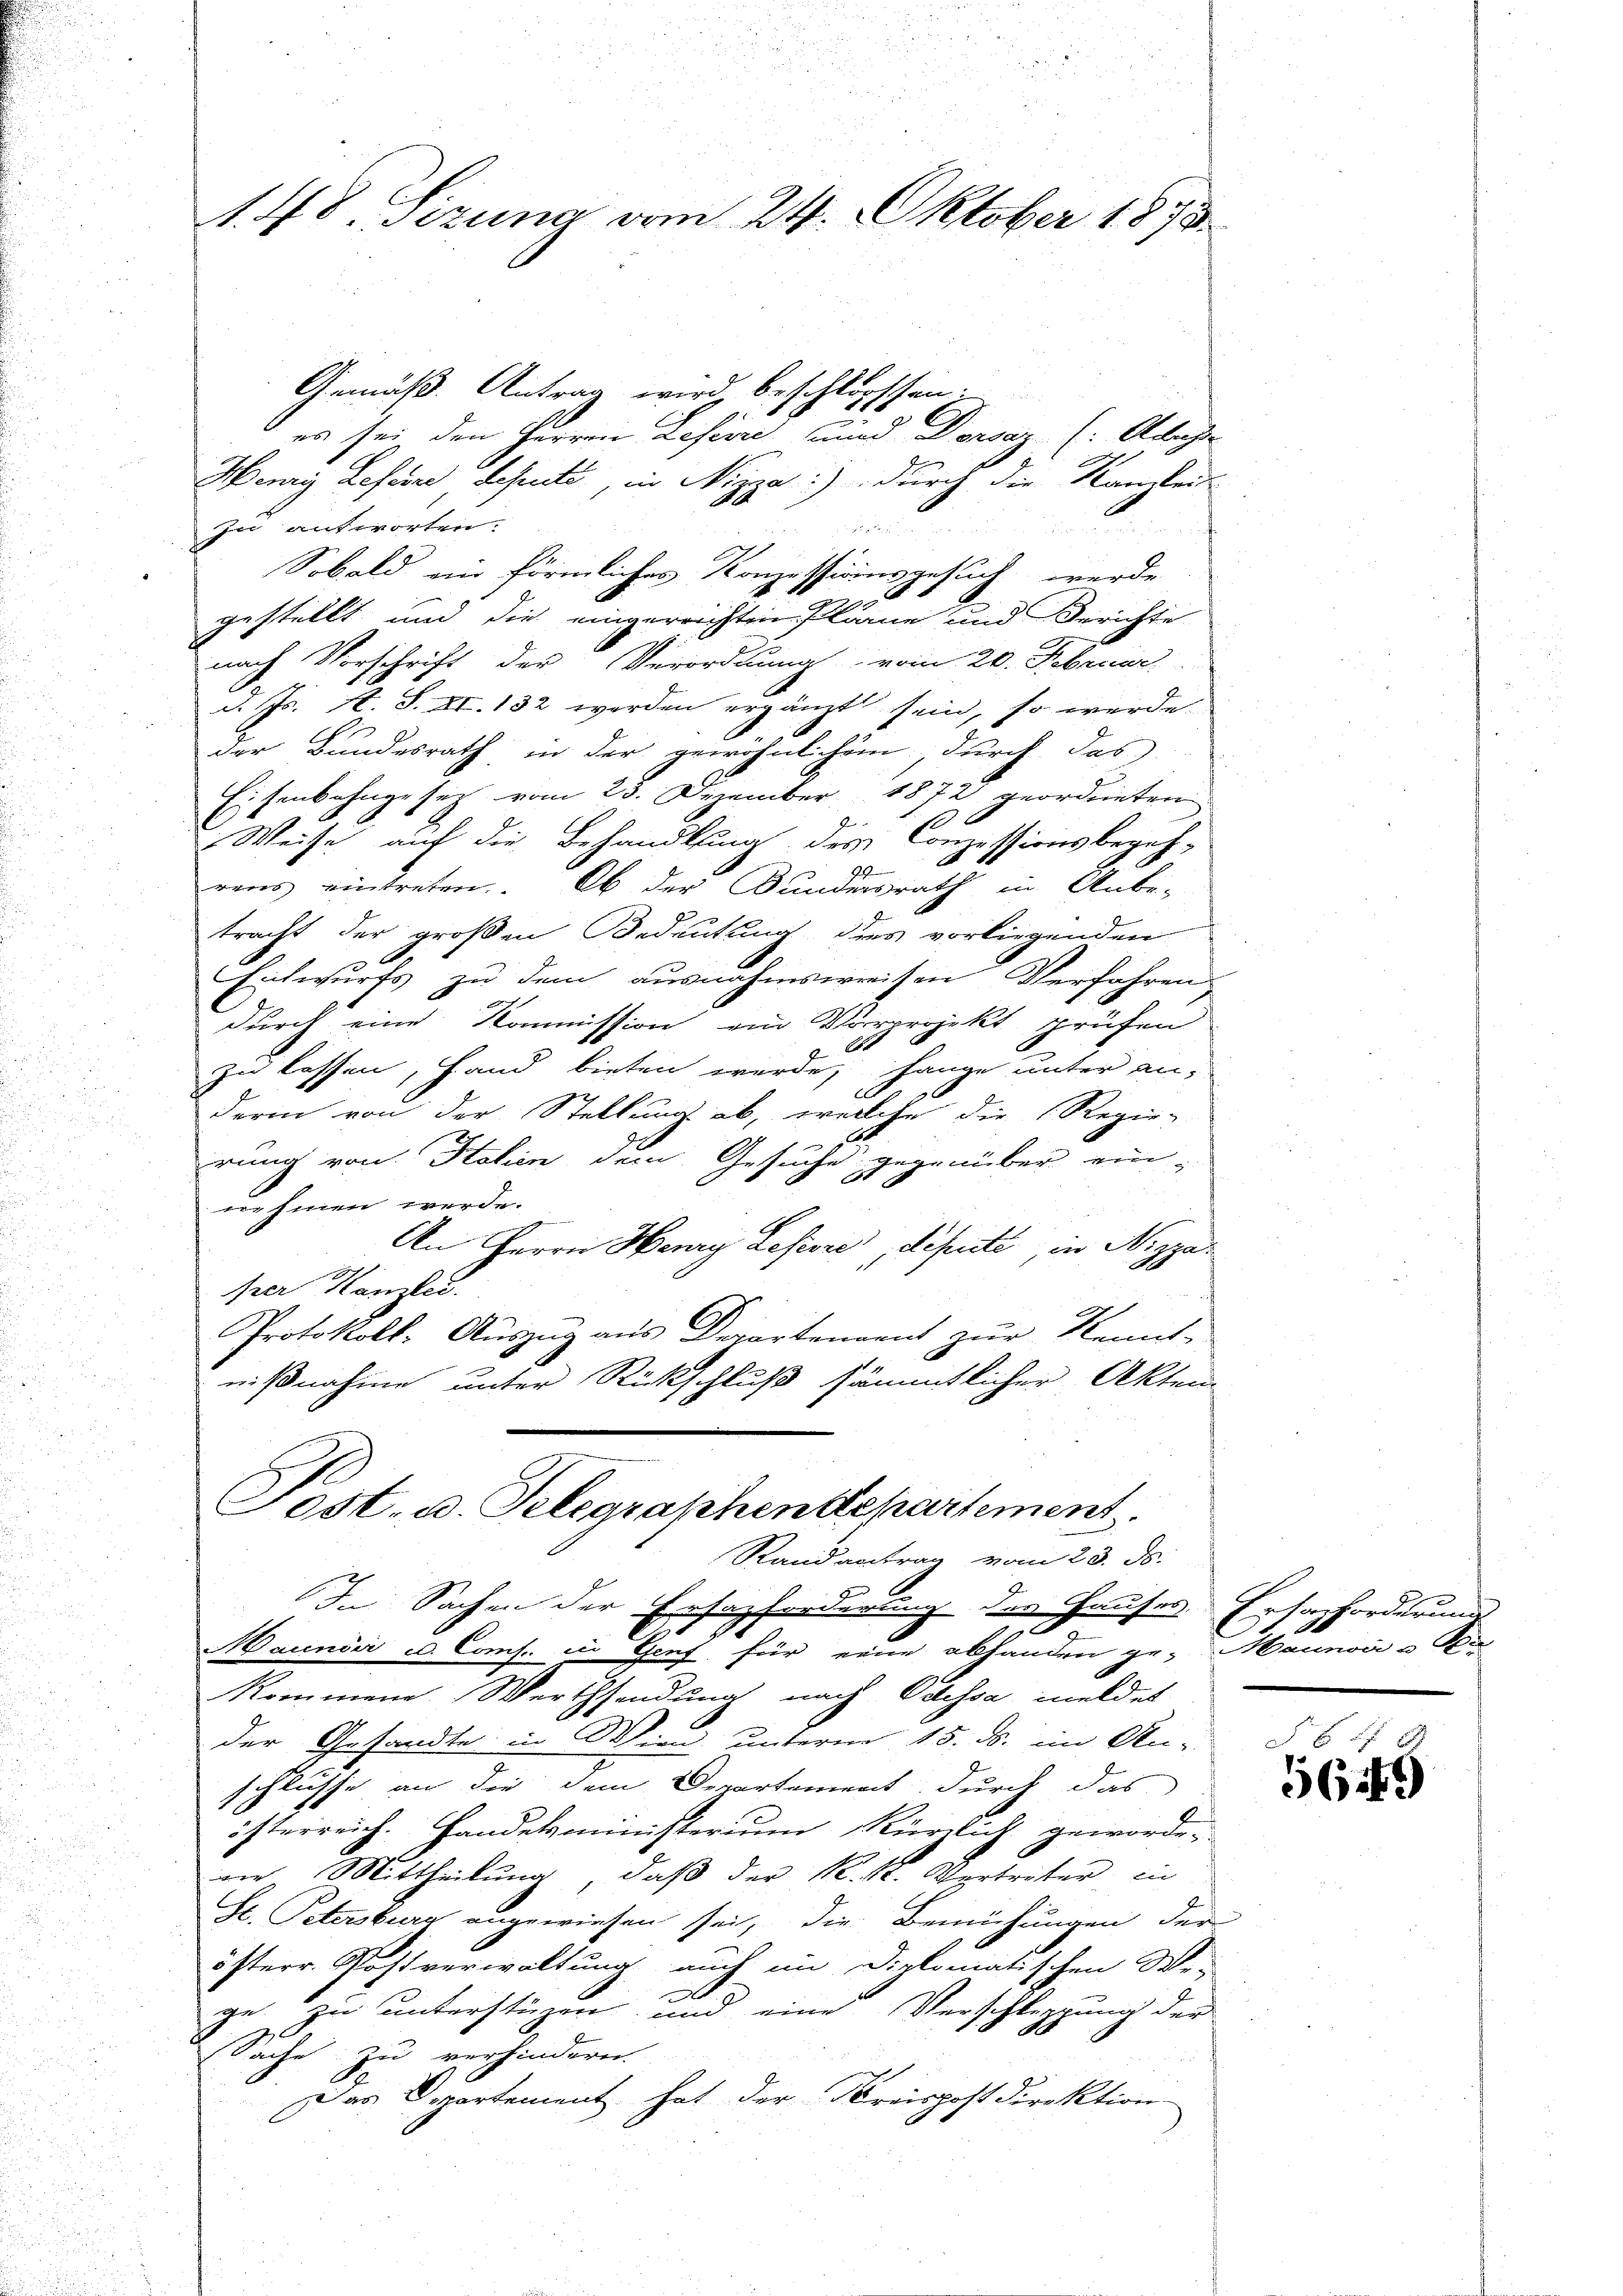
Gemäß Antrag wird beschlo
es sei den Herren Lefevre, und Dorsaz (: Adliche
Henry Lefevre desste, in Nizza:) durch die Kanzleit
zu antworten.

Sobald ein förmliches Konzessionsgesuch werde
2
2
gestellt und die eingereichten Pläne und Berichte
nach Vorschrift der Verordnung vom 20. Februar
d. Js. N. S. 81. 132 werden ergänzt sein, so werde
der Bundesrath in der gewöhnlichem, durch das
Eisenbahngesetz vom 23. Dezember 1872 geordneten
Weise auf die Behandlung des Conzessionsbegeh-
29
rens eintreten. Ob der Bundesrath in Anbe-
tracht der großen Bedeutung dies vorliegenden
Entwurfs zu dem ausnahmsweisen Verfahren
durch eine Kommission ein Vorprojekt prüfen
Ott
E
zu lassen, Hand bieten werde, hange unter anderin von der Stellung ab, welche die Regie-
g
rung von Italien dem Gesuche gegenüber ein-
nehmen werde.
An Herrn Henry Lefiore, depute, in Nizzar
prer Kanzlei
Protokoll: Auszug aus Departenannt zur Kennt-
nißnahme unter Rückschluß sämmtlicher Akten

1. 48. Sizung vom 24. Oktober 1873.

rossen.

Tost. u. Telegraphendepartement
Randantrag vom 23. ds.

1

.

In Sachen der Ersatzforderung des Hauses Ersazforderung
Maunisi u. Comf. in Genf für eine abhanden ge- Maunoci u Ba
kommene Werthsendung nach Odessa meldet
der Gesandte in Wien unterm 15. ds. im An-
schlusse an die dem Departement durch das
österreich. Handelsministerim Kürzlich geworde-
ain Mittheilung, daß der K. K. Vertreter in
St. Petersburg angewiesen sei, die Bemühungen der
österr. Rostverwaltung auch im Diplomatischen Wei
|
ge zu unterstüzen und eine Verschleppung der
Sache zu verhindern.
Das Departement hat der Kreispostdirektion

5649